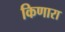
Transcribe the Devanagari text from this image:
किणारा